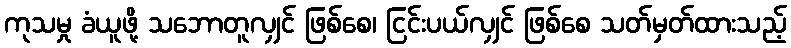
ကုသမှု ခံယူဖို့ သဘောတူလျှင် ဖြစ်စေ၊ ငြင်းပယ်လျှင် ဖြစ်စေ သတ်မှတ်ထားသည့်